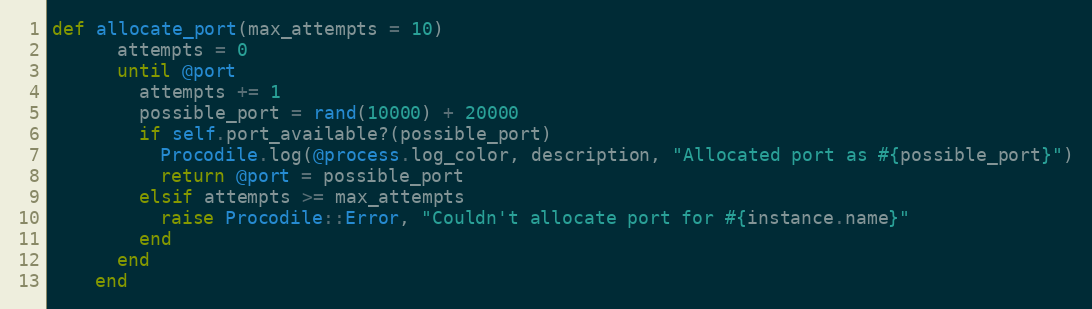
Language: Ruby
def allocate_port(max_attempts = 10)
      attempts = 0
      until @port
        attempts += 1
        possible_port = rand(10000) + 20000
        if self.port_available?(possible_port)
          Procodile.log(@process.log_color, description, "Allocated port as #{possible_port}")
          return @port = possible_port
        elsif attempts >= max_attempts
          raise Procodile::Error, "Couldn't allocate port for #{instance.name}"
        end
      end
    end